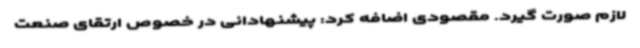
لازم صورت گیرد. مقصودی اضافه کرد: پیشنهادانی در خصوص ارتقای صنعت